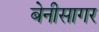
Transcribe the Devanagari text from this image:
बेनीसागर